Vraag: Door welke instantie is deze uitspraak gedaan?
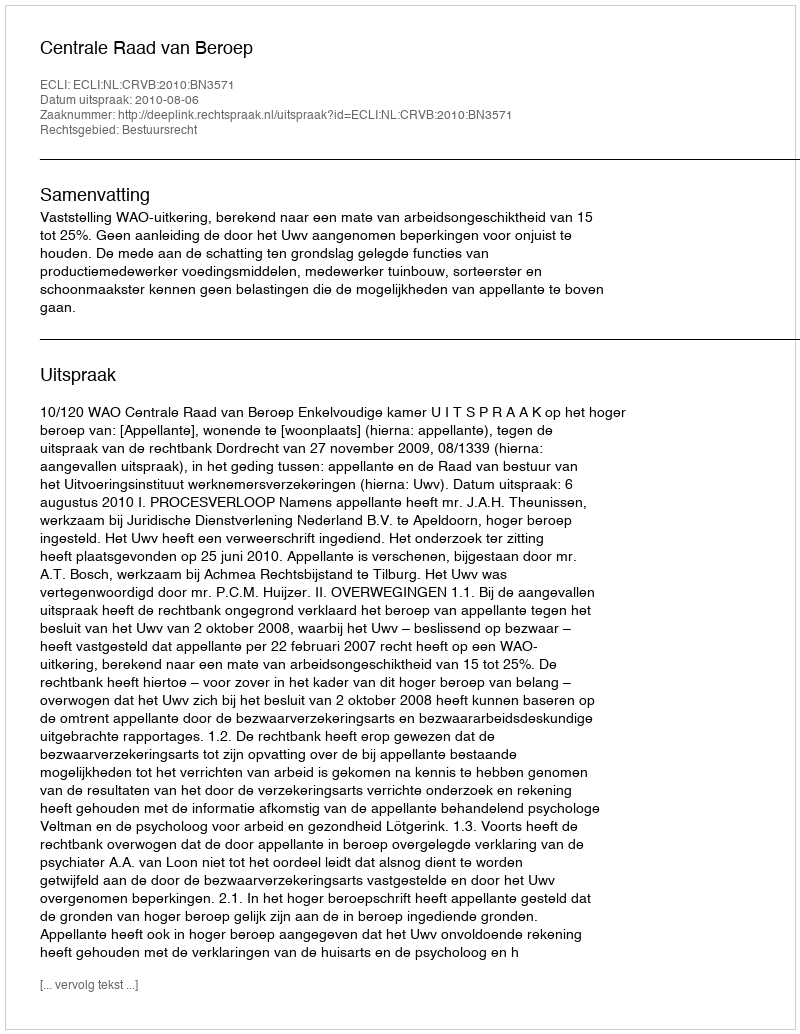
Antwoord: Centrale Raad van Beroep